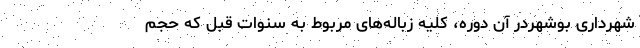
شهرداری بوشهردر آن دوره، کلیه زباله‌های مربوط به سنوات قبل که حجم